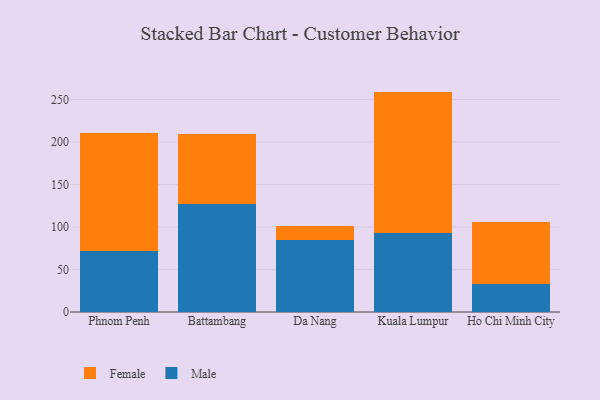
{"axis": {"x": "City", "y": "Demand Index"}, "legend": ["Female", "Male"], "data": [{"x": "Phnom Penh", "y": 71.6, "type": "Male"}, {"x": "Phnom Penh", "y": 139.4, "type": "Female"}, {"x": "Battambang", "y": 127.1, "type": "Male"}, {"x": "Battambang", "y": 82.6, "type": "Female"}, {"x": "Da Nang", "y": 84.2, "type": "Male"}, {"x": "Da Nang", "y": 17.4, "type": "Female"}, {"x": "Kuala Lumpur", "y": 92.4, "type": "Male"}, {"x": "Kuala Lumpur", "y": 166.8, "type": "Female"}, {"x": "Ho Chi Minh City", "y": 33.2, "type": "Male"}, {"x": "Ho Chi Minh City", "y": 73.0, "type": "Female"}]}